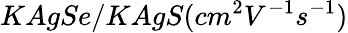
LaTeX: KAgSe/KAgS(cm^{2}V^{-1}s^{-1})